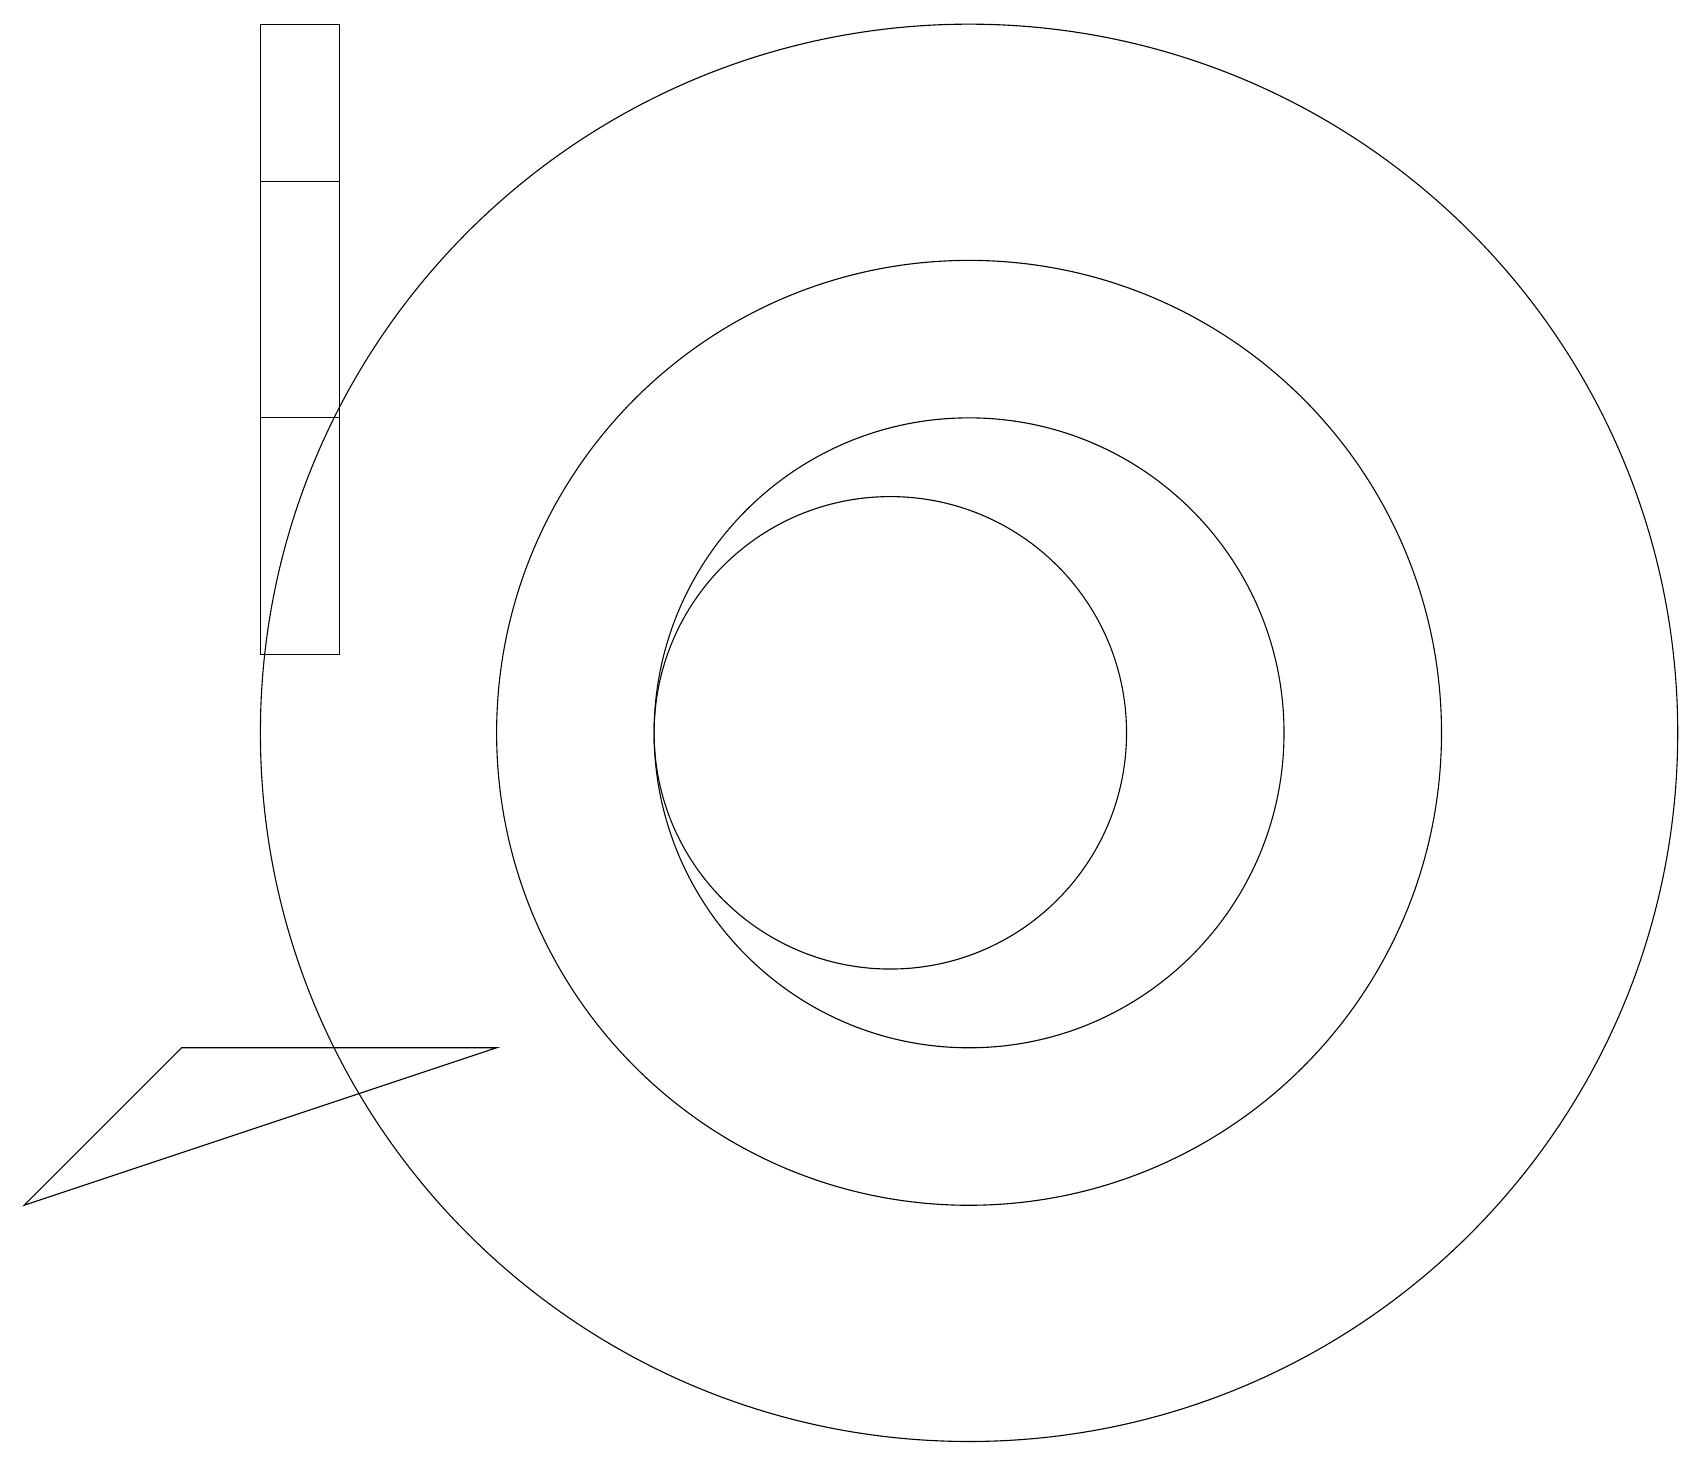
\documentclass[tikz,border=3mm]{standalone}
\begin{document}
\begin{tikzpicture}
\draw (2,6) -- (0,4) -- (6,6) -- cycle;
\draw (11,10) circle (3);
\draw (12,10) circle (6);
\draw (4,11) rectangle (3,19);
\draw (3,17) rectangle (4,14);
\draw (12,10) circle (4);
\draw (12,10) circle (9);
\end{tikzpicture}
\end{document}